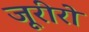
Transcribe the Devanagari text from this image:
जूरीरो